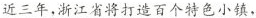
近三年，浙江省将打造百个特色小镇，